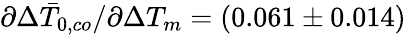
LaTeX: \partial\Delta\bar{T}_{0,co}/\partial\Delta T_{m}=(0.061\pm 0.014)